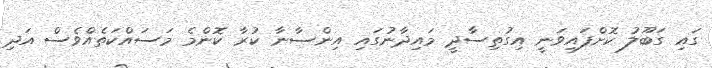
ގައި ގަބޫލު ކޮށްފައިވަނީ އިގުތިސާދީ މައިދާނުގައި އިންސާނާ ކުރާ ކޮންމެ މަސައްކަތެއްވެސް އަދި